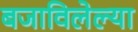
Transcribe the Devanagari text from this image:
बजाविलेल्या